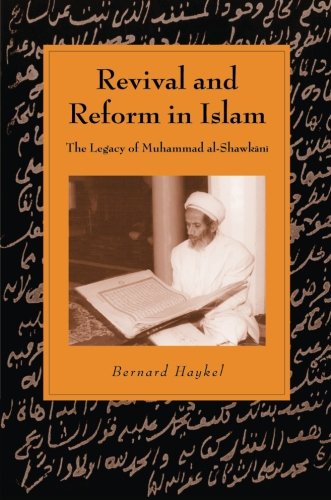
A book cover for Revival and Reform in Islam: The Legacy of Muhammad al-Shawkani (Cambridge Studies in Islamic Civilization); Bernard Haykel; History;